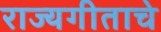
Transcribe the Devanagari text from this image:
राज्यगीताचे